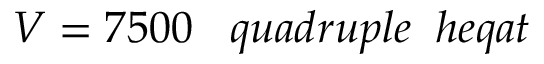
V = 7 5 0 0 \; \; \; q u a d r u p l e \; \; h e q a t